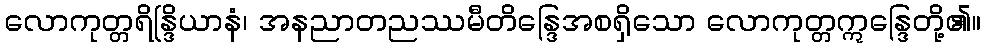
လောကုတ္တရိန္ဒြိယာနံ၊ အနညာတညဿမီတိန္ဒြေအစရှိသော လောကုတ္တဣန္ဒြေတို့၏။